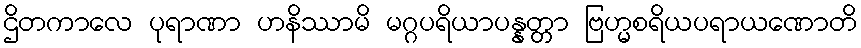
ဌိတကာလေ ပုရာဏာ ဟနိဿာမိ မဂ္ဂပရိယာပန္နတ္တာ ဗြဟ္မစရိယပရာယဏောတိ